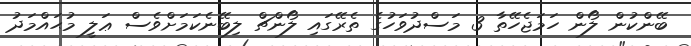
ބޭންކުން ލޯން ހަމަޖެހޭތާ 3 މަސްދުވަހުގެ ތެރޭގައި ލޯންޗް ލިބޭނެކަމަށްވެސް ޢަލީ މުޙައްމަދު